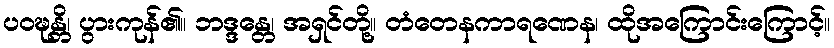
ပဝဍ္ဎန္တိ၊ ပွားကုန်၏။ ဘဒ္ဒန္တေ၊ အရှင်တို့။ တံတေနကာရဏေန၊ ထိုအကြောင်းကြောင့်။